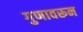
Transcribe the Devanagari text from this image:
गुणावरून